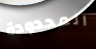
المحدودة